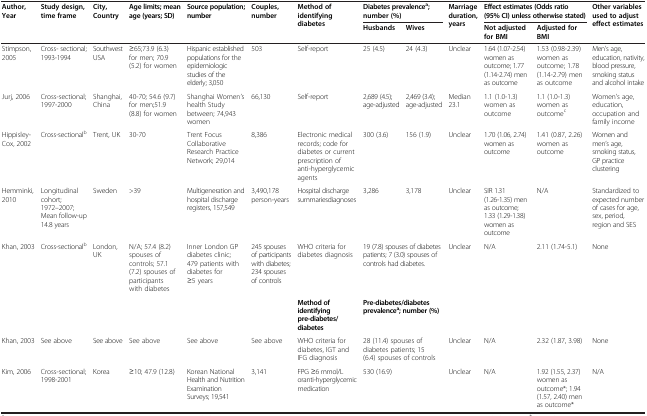
<table><thead><tr><td rowspan="2"><b>Author, Year</b></td><td rowspan="2"><b>Study design, time frame</b></td><td rowspan="2"><b>City, Country</b></td><td rowspan="2"><b>Age limits; mean age (years; SD)</b></td><td rowspan="2"><b>Source population; number</b></td><td rowspan="2"><b>Couples, number</b></td><td rowspan="2"><b>Method of identifying diabetes</b></td><td colspan="2"><b>Diabetes prevalence<sup>a</sup>; number (%)</b></td><td rowspan="2"><b>Marriage duration, years</b></td><td colspan="2"><b>Effect estimates (Odds ratio (95% CI) unless otherwise stated)</b></td><td rowspan="2"><b>Other variables used to adjust effect estimates</b></td></tr><tr><td><b>Husbands</b></td><td><b>Wives</b></td><td><b>Not adjusted for BMI</b></td><td><b>Adjusted for BMI</b></td></tr></thead><tbody><tr><td>Stimpson, 2005</td><td>Cross- sectional; 1993-1994</td><td>Southwest USA</td><td>≥65;73.9 (6.3) for men; 70.9 (5.2) for women</td><td>Hispanic established populations for the epidemiologic studies of the elderly; 3,050</td><td>503</td><td>Self-report</td><td>25 (4.5)</td><td>24 (4.3)</td><td>Unclear</td><td>1.64 (1.07-2.54) women as outcome; 1.77 (1.14-2.74) men as outcome</td><td>1.53 (0.98-2.39) women as outcome; 1.78 (1.14-2.79) men as outcome</td><td>Men’s age, education, nativity, blood pressure, smoking status and alcohol intake</td></tr><tr><td>Jurj, 2006</td><td>Cross-sectional; 1997-2000</td><td>Shanghai, China</td><td>40-70; 54.6 (9.7) for men;51.9 (8.8) for women</td><td>Shanghai Women’s health Study between; 74,943 women</td><td>66,130</td><td>Self-report</td><td>2,689 (4.5); age-adjusted</td><td>2,469 (3.4); age-adjusted</td><td>Median 23.1</td><td>1.1 (1.0-1.3) women as outcome</td><td>1.1 (1.0-1.3) women as outcome<sup>c</sup></td><td>Women’s age, education, occupation and family income</td></tr><tr><td>Hippisley-Cox, 2002</td><td>Cross-sectional<sup>b</sup></td><td>Trent, UK</td><td>30-70</td><td>Trent Focus Collaborative Research Practice Network; 29,014</td><td>8,386</td><td>Electronic medical records; code for diabetes or current prescription of anti-hyperglycemic agents</td><td>300 (3.6)</td><td>156 (1.9)</td><td>Unclear</td><td>1.70 (1.06, 2.74) women as outcome</td><td>1.41 (0.87, 2.26) women as outcome</td><td>Women and men’s age, smoking status, GP practice clustering</td></tr><tr><td>Hemminki, 2010</td><td>Longitudinal cohort; 1972–2007; Mean follow-up 14.8 years</td><td>Sweden</td><td>&gt;39</td><td>Multigeneration and hospital discharge registers, 157,549</td><td>3,490,178 person-years</td><td>Hospital discharge summariesdiagnoses</td><td>3,286</td><td>3,178</td><td>Unclear</td><td>SIR 1.31 (1.26-1.35) men as outcome; 1.33 (1.29-1.38) women as outcome</td><td>N/A</td><td>Standardized to expected number of cases for age, sex, period, region and SES</td></tr><tr><td>Khan, 2003</td><td>Cross-sectional<sup>b</sup></td><td>London, UK</td><td>N/A; 57.4 (8.2) spouses of controls; 57.1 (7.2) spouses of participants with diabetes</td><td>Inner London GP diabetes clinic; 479 patients with diabetes for ≥5 years</td><td>245 spouses of participants with diabetes; 234 spouses of controls</td><td>WHO criteria for diabetes diagnosis</td><td colspan="2">19 (7.8) spouses of diabetes patients; 7 (3.0) spouses of controls had diabetes.</td><td>Unclear</td><td>N/A</td><td>2.11 (1.74-5.1)</td><td>None</td></tr><tr><td> </td><td> </td><td> </td><td> </td><td> </td><td> </td><td><b>Method of identifying pre-diabetes/diabetes</b></td><td colspan="2"><b>Pre-diabetes/diabetes prevalence</b><sup><b>a</b></sup><b>; number (%)</b></td><td> </td><td colspan="2"> </td><td> </td></tr><tr><td>Khan, 2003</td><td>See above</td><td>See above</td><td>See above</td><td>See above</td><td>See above</td><td>WHO criteria for diabetes, IGT and IFG diagnosis</td><td colspan="2">28 (11.4) spouses of diabetes patients; 15 (6.4) spouses of controls</td><td>Unclear</td><td>N/A</td><td>2.32 (1.87, 3.98)</td><td>None</td></tr><tr><td>Kim, 2006</td><td>Cross-sectional; 1998-2001</td><td>Korea</td><td>≥10; 47.9 (12.8)</td><td>Korean National Health and Nutrition Examination Surveys; 19,541</td><td>3,141</td><td>FPG ≥6 mmol/L oranti-hyperglycemic medication</td><td colspan="2">530 (16.9)</td><td>Unclear</td><td>N/A</td><td>1.92 (1.55, 2.37) women as outcome*; 1.94 (1.57, 2.40) men as outcome*</td><td>N/A</td></tr></tbody></table>